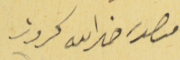
منصور خيرالله كيروز